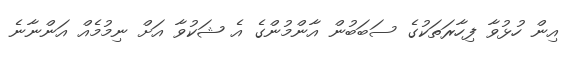
އިން ހުޅުވާ ފިހާރަތަކުގެ ސަބަބުން އާންމުންގެ އެ ޝަކުވާ އަށް ނިމުމެއް އަންނާނެ